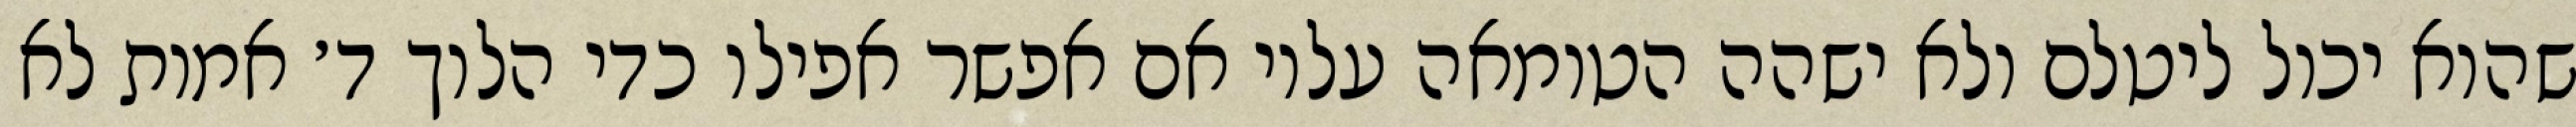
שהוא יכול ליטלם ולא ישהה הטומאה עליו אם אפשר אפילו כדי הלוך ד׳ אמות לא